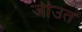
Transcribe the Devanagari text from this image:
जीउत